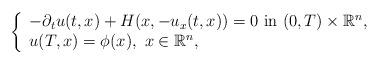
LaTeX: \begin{align*}\left\{\begin{array}{l} -\partial_t u(t,x) + H(x,-u_x (t,x) )=0\mbox{ in } (0,T)\times \mathbb{R}^n,\\u(T,x)=\phi(x), \mbox{ } x\in \mathbb{R}^n,\end{array}\right.\end{align*}